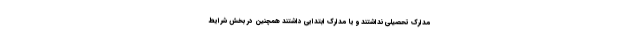
مدارک تحصیلی نداشتند و یا مدارک ابتدایی داشتند همچنین در بخش شرایط